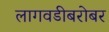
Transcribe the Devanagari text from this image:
लागवडीबरोबर